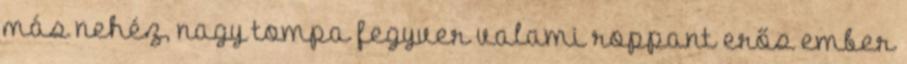
más nehéz, nagy tompa fegyver valami roppant erős ember